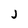
Character: j